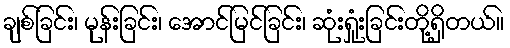
ချစ်ခြင်း၊ မုန်းခြင်း၊ အောင်မြင်ခြင်း၊ ဆုံးရှုံးခြင်းတို့ရှိတယ်။